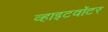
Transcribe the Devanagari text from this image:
व्हाइटवॉटर